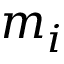
m _ { i }